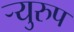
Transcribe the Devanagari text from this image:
र्‍युरुप